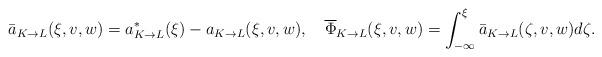
LaTeX: \begin{align*}\bar a_{K\to L}(\xi,v,w)=a^*_{K\to L}(\xi)-a_{K\to L}(\xi,v,w),\quad\overline{\Phi}_{K\to L}(\xi,v,w)=\int_{-\infty}^\xi \bar a_{K\to L} (\zeta,v,w) d\zeta.\end{align*}